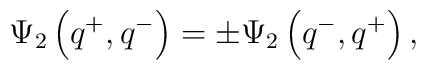
\Psi _{2}\left( q^{+},q^{-}\right) =\pm \Psi _{2}\left( q^{-},q^{+}\right) ,